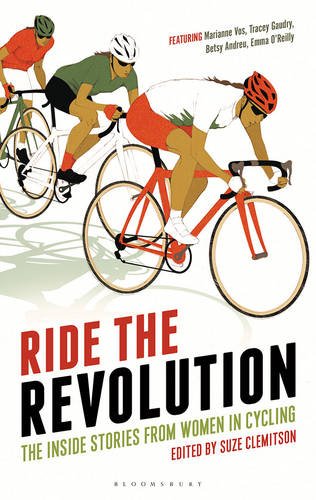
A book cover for Ride the Revolution: The Inside Stories from Women in Cycling; Sports & Outdoors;